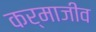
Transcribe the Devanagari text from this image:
कर्माजीव